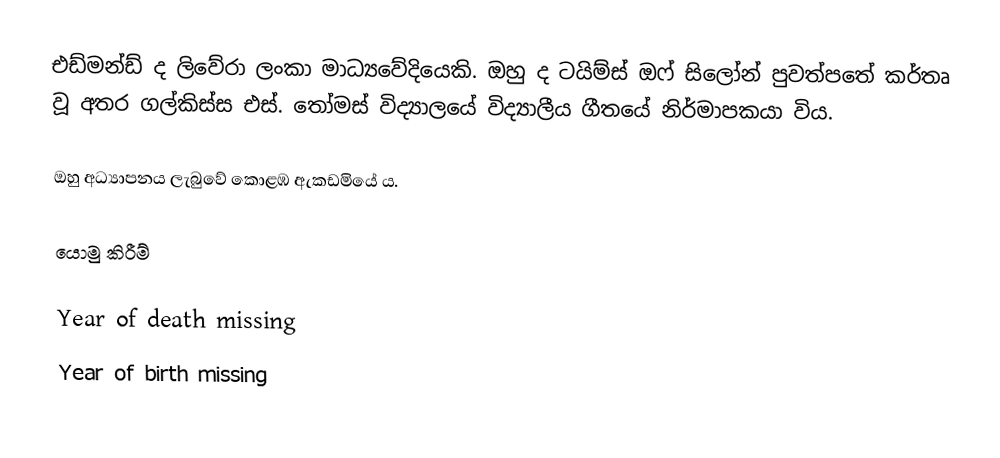
එඩ්මන්ඩ් ද ලිවේරා ලංකා මාධ්‍යවේදියෙකි. ඔහු ද ටයිම්ස් ඔෆ් සිලෝන් පුවත්පතේ කර්තෘ වූ අතර ගල්කිස්ස එස්. තෝමස් විද්‍යාලයේ විද්‍යාලීය ගීතයේ නිර්මාපකයා විය.

ඔහු අධ්‍යාපනය ලැබුවේ කොළඹ ඇකඩමියේ ය.

යොමු කිරීම්

Year of death missing
Year of birth missing